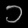
Digit: ၁